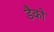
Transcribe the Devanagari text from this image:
डैको